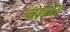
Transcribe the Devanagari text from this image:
चाइल्डस